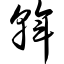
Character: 斡